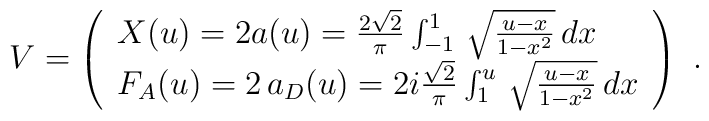
V=\left(\begin{array}{l}X(u) = 2a(u)=\frac{2\sqrt{2}}{\pi}\int_{-1}^{1} \,\sqrt{{u-x} \over {1-x^2}} \, dx \\F_A (u) =  2\,a_D(u)=2i\frac{\sqrt{2}}{\pi} \int_{1}^{u} \,\sqrt{{u-x} \over {1-x^2}} \, dx\end{array}\right)\ .